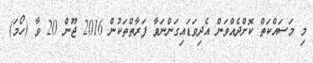
މި މަސައްކަތް ކޮށްދެއްވަން އެދިވަޑައިގަންނަވާ ފަރާތްތަކުން 2016 ޖޫން 20 ވާ (ހޯމަަ)